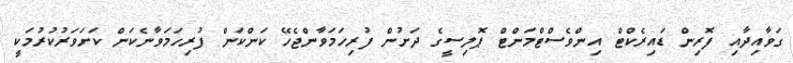
ގަވާއިދާއި ފޮރިން ޑައިރެކްޓް އިންވެސްޓްމަންޓް ޕޮލިސީގެ ދަށުން ފުރިހަމަވާންޖެހޭ ކަންކަން ފުރިހަމަވާނެކަން ކަށަވަރުކުރުމަކީ